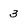
Character: 3